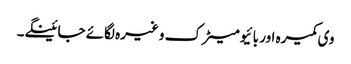
وی کمیرہ اور بائیومیٹرک وغیرہ لگائے جائینگے۔